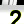
Digit: 2